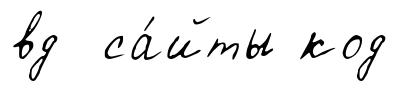
вд са́йты код